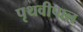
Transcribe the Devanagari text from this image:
पृथवीपाल